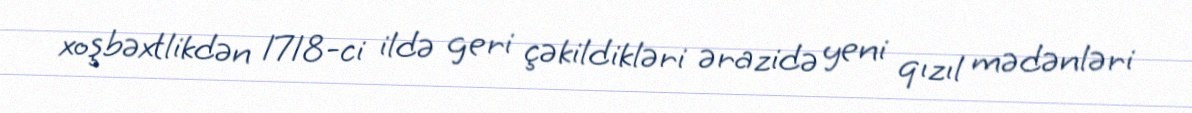
xoşbəxtlikdən 1718-ci ildə geri çəkildikləri ərazidə yeni qızıl mədənləri